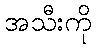
အသီးကို